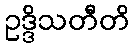
ဥဒ္ဒိသတီတိ